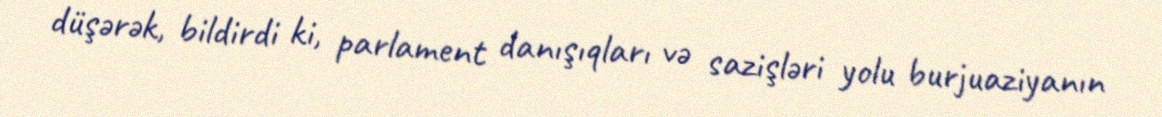
düşərək, bildirdi ki, parlament danışıqları və sazişləri yolu burjuaziyanın